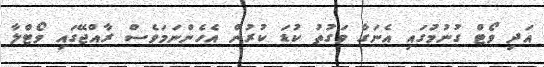
އަދި ވޯޓް ގުނުމުގައި އެނަގާ ވަގުތު ކުޑަ ކުރުން އެހެންނަމަވެސް ރާއްޖޭގައި ވޯޓްލާ